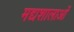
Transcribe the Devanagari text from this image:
मद्यशालाओं